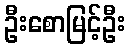
ဦးစောမြင့်ဦး